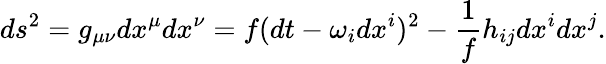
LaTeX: ds^{2}=g_{\mu\nu}dx^{\mu}dx^{\nu}=f(dt-\omega_{i}dx^{i})^{2}-\frac{1}{f}h_{ij}dx^{i}dx^{j}.